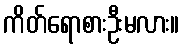
ကိတ်ရောစားဦးမလား။